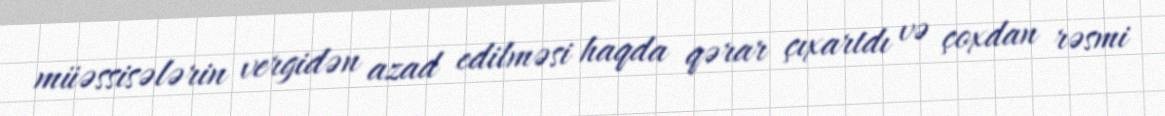
müəssisələrin vergidən azad edilməsi haqda qərar çıxartdı və çoxdan rəsmi